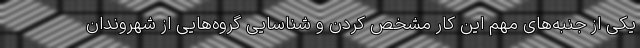
یکی از جنبه‌های مهم این کار مشخص کردن و شناسایی گروه‌هایی از شهروندان